Plague in India, 1896, 1897 - Volume 3
Year: 1896
Disease focus: Plague
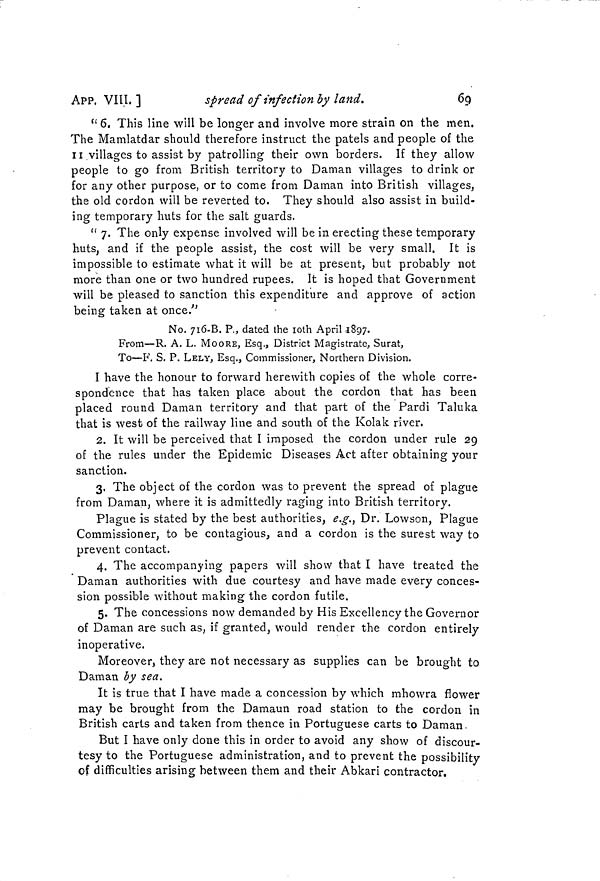
69
APP. VIII, ]
spread of infection by land.
" 6. This line will be longer and involve more strain on the men.
The Mamlatdar should therefore instruct the patels and people of the
II villages to assist by patrolling their own borders. If they allow
people to go from British territory to Daman villages to drink or
for any other purpose, or to come from Daman into British villages,
the old cordon will be reverted to. They should also assist in build-
ing temporary huts for the salt guards.
" 7. The only expense involved will be in erecting these temporary
huts, and if the people assist, the cost will be very small. It is
impossible to estimate what it will be at present, but probably not
more than one or two hundred rupees. It is hoped that Government
will be pleased to sanction this expenditure and approve of action
being taken at once."
No. 716-B. P., dated the 10th April 1897.
From—R. A. L. MOORE, Esq., District Magistrate, Surat,
To—F. S. P. LELY, Esq., Commissioner, Northern Division.
I have the honour to forward herewith copies of the whole corre-
spondence that has taken place about the cordon that has been
placed round Daman territory and that part of the Pardi Taluka
that is west of the railway line and south of the Kolak river.
2. It will be perceived that I imposed the cordon under rule 29
of the rules under the Epidemic Diseases Act after obtaining your
sanction.
3. The object of the cordon was to prevent the spread of plague
from Daman, where it is admittedly raging into British territory.
Plague is stated by the best authorities, e.g. t Dr. Lowson, Plague
Commissioner, to be contagious, and a cordon is the surest way to
prevent contact.
4. The accompanying papers will show that I have treated the
Daman authorities with due courtesy and have made every conces-
sion possible without making the cordon futile.
5. The concessions now demanded by His Excellency the Governor
of Daman are such as, if granted, would render the cordon entirely
inoperative.
Moreover, they are not necessary as supplies can be brought to
Daman by sea.
It is true that I have made a concession by which mhowra flower
may be brought from the Damaun road station to the cordon in
British carts and taken from thence in Portuguese carts to Daman.
But I have only done this in order to avoid any show of discour-
tesy to the Portuguese administration, and to prevent the possibility
of difficulties arising between them and their Abkari contractor.